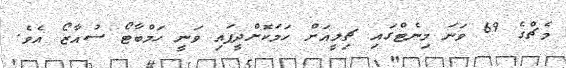
މެޗްގެ 69 ވަނަ މިނެޓްގައި ޗިލީއަށް ހަމަކޮށްދީފައި ވަނީ ހަމްބާޓޯ ސުއާޒޯ އެވެ.